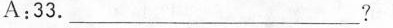
A:33.___?